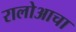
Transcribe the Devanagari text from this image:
रालोआचा